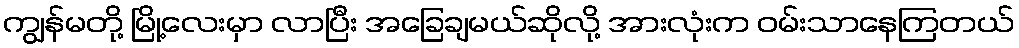
ကျွန်မတို့ မြို့လေးမှာ လာပြီး အခြေချမယ်ဆိုလို့ အားလုံးက ဝမ်းသာနေကြတယ်